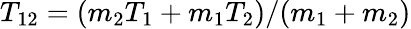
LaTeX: T_{12}=(m_{2}T_{1}+m_{1}T_{2})/(m_{1}+m_{2})